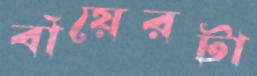
বাঁয়েরটা